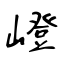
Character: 嶝